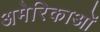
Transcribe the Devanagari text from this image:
अमेरिकाओं